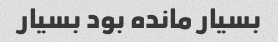
بسیار مانده بود بسیار